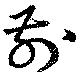
前